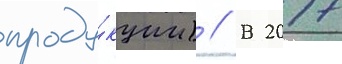
проду́кции) // В 2017